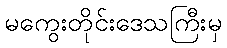
မကွေးတိုင်းဒေသကြီးမှ